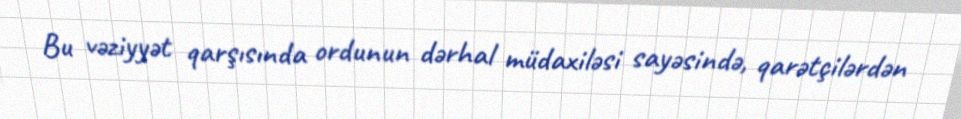
Bu vəziyyət qarşısında ordunun dərhal müdaxiləsi sayəsində, qarətçilərdən